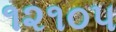
૧૨૧૦૫